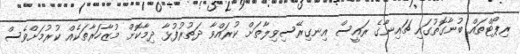
ރިޕޯޓްތައް ބުނާގޮތުގައި ޗައިނާގެ ރައީސް އިނގިރޭސިވިލާތަށް ކުރައްވާ ދަތުރުފުޅާ ދިމާކޮށް މުޒާހަރާތަކެއް ކުރުމަށްވެސް